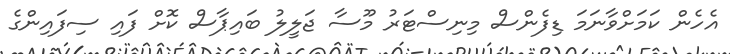
އެހެން ކަމަށްވާނަމަ ޑިފެންސް މިނިސްޓަރު މޫސާ ޖަލީލު ބައިޕާސް ކޮށް ފައި ސިފައިންގެ